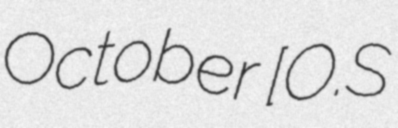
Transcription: October [O.S